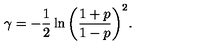
\gamma = - \frac { 1 } { 2 } \ln { \left( \frac { 1 + p } { 1 - p } \right) ^ { 2 } } .